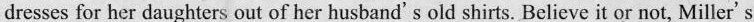
dresses for her daughters out of her husband's old shirts. Believe it or not, Miller's